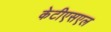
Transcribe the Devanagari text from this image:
केटीएसएल